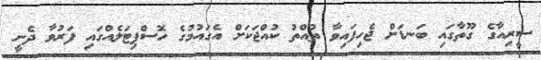
ސީރިއާގެ ގޫތާގައި ބަނޑަށް ޖެހިފައިވާ ތުއްތު ކުއްޖަކަށް އެގައުމުގެ ހޮސްޕިޓަލެއްގައި ފަރުވާ ދެނީ